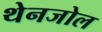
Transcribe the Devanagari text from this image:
थेनजोल